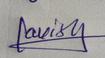
Signature authenticity: genuine